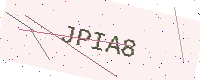
Text: JPIA8